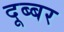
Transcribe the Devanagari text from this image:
दूब्बर